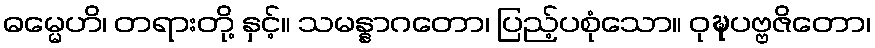
ဓမ္မေဟိ၊ တရားတို့ နှင့်။ သမန္နာဂတော၊ ပြည့်ပစုံသော။ ဝုဍ္ဎပဗ္ဗဇိတော၊